Lunatic asylums in Bengal annual reports 1899-1911 - 1899-1911
Year: 1899
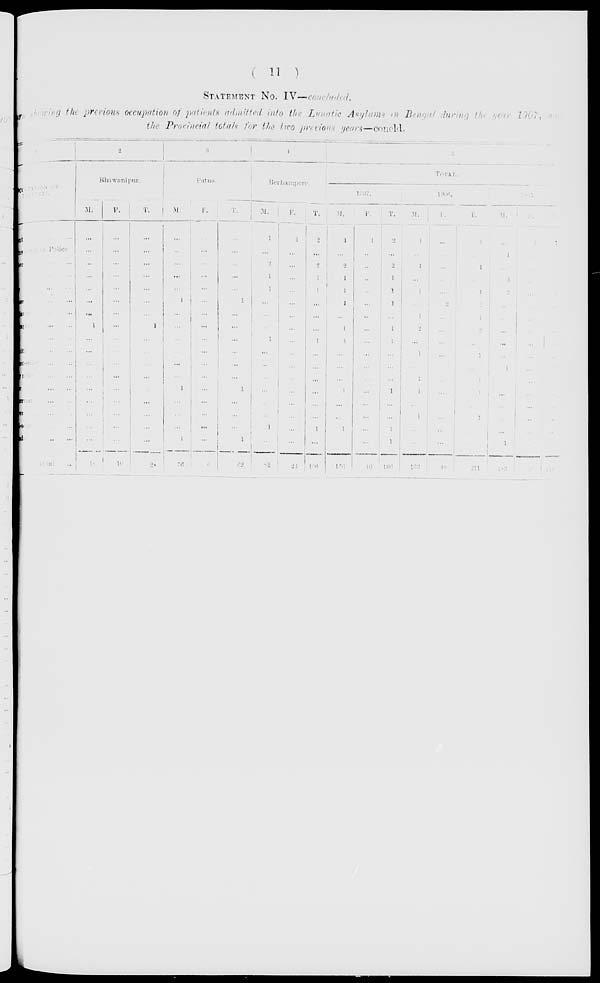
( 11 )
STATEMENT No. IV—concluded.
return showing the previous occupation of patients admitted into the Lunatic Asylums in Bengal during the year 1907, and
the Provincial totals for the two previous years—concld.
1
OCCUPATION OF
PATIENTS.
Superintendent ... ... ...
Inspector of Police
er ... ... ...
... ... ...
r ... ... ...
er ... ... ...
anter ... ... ...
apher ... ... ...
... ... ...
ith ... ... ...
co-seller ... ... ...
seller ... ... ...
r ... ... ...
man ... ...
er ... ...
-seller ... ...
dat ... ...
Total ...
2
Bhawanipur.
M.
...
...
...
...
...
...
...
1
...
...
...
...
...
...
...
...
...
18
F.
...
...
...
...
...
...
...
...
...
...
...
...
...
...
...
...
...
10
T.
...
...
...
...
...
...
...
1
...
...
...
...
...
...
...
...
...
28
3
Patna.
M.
...
...
...
...
...
1
...
...
...
...
...
...
1
...
...
...
1
56
F.
...
...
...
...
...
...
...
...
...
...
...
...
...
...
...
...
...
6
T.
...
...
...
...
...
1
...
...
...
...
...
...
1
...
...
...
1
62
4
Berhampore.
M.
1
...
2
1
1
...
...
...
1
...
...
...
...
...
...
1
...
82
F.
1
...
...
...
...
...
...
...
...
...
...
...
...
...
...
...
...
24
T.
2
...
2
1
1
...
...
...
1
...
...
...
...
...
...
1
...
106
5
TOTAL.
1907.
M.
1
...
2
1
1
1
...
1
1
...
...
...
1
...
...
1
1
156
F.
1
...
...
...
...
...
...
...
...
...
...
...
...
...
...
...
...
40
T.
2
...
2
1
1
1
...
1
1
...
...
...
1
...
...
1
1
196
1906.
M.
1
...
1
...
1
...
1
2
...
1
...
1
1
...
1
...
...
163
F.
...
...
...
...
...
2
...
...
...
...
...
...
...
...
...
...
...
48
T.
1
...
1
...
1
2
1
2
...
1
...
1
1
...
1
...
...
211
1905.
M.
...
1
...
3
2
...
...
...
...
...
1
...
...
...
...
...
1
183
F.
1
...
...
...
...
...
...
...
...
...
...
...
...
...
...
...
...
36
T.
1
1
...
3
2
...
...
...
...
...
1
...
...
...
...
...
1
219